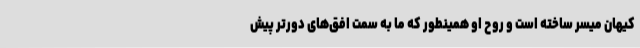
کیهان میسر ساخته است و روح او همینطور که ما به سمت افق‌های دورتر پیش